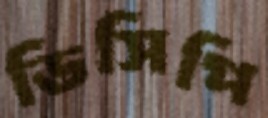
ডিসিপি